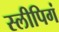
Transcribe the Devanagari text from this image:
स्लीपिगं